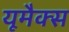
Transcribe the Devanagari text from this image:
यूमैक्स